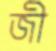
জী